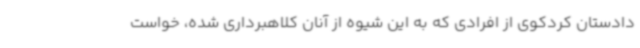
دادستان کردکوی از افرادی که به این شیوه از آنان کلاهبرداری شده، خواست